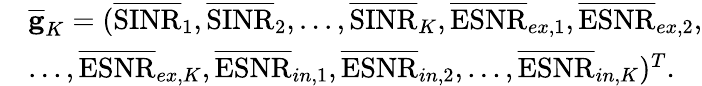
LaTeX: \begin{array}{rl}&{\overline{{\mathbf{g}}}_{K}=(\overline{{\mathrm{SINR}}}_{1},\overline{{\mathrm{SINR}}}_{2},...,\overline{{\mathrm{SINR}}}_{K},\overline{{\mathrm{ESNR}}}_{ex,1},\overline{{\mathrm{ESNR}}}_{ex,2},}\\ &{...,\overline{{\mathrm{ESNR}}}_{ex,K},\overline{{\mathrm{ESNR}}}_{in,1},\overline{{\mathrm{ESNR}}}_{in,2},...,\overline{{\mathrm{ESNR}}}_{in,K})^{T}.}\end{array}